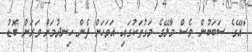
"އޭގެ ސަބަބުން ވެސް މާލޭގެ މަގުތަކުގައި އަވަހަށް ފެން ހިނދުމަށް ވަރަށް ބޮޑު